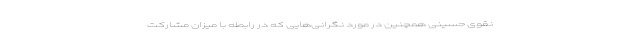
نقوی حسینی همچنین در مورد نگرانی‌هایی که در رابطه با میزان مشارکت